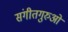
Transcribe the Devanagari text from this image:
संगीतगुरुओं